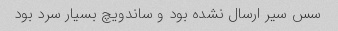
سس سیر ارسال نشده بود و ساندویچ بسیار سرد بود